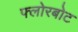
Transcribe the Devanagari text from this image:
फ्लोरबोट